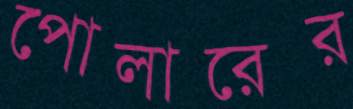
পোলারের